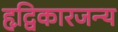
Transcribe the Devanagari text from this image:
हृद्विकारजन्य